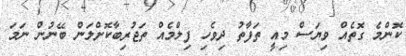
ކޮންމެ ގޮތެއް ވިޔަސް މިއީ ތަފާތު ދިވެހި ފިލްމެއް ތަޖުރިބާކޮށްލަން ބޭނުން ނަމަ